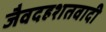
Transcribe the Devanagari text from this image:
जैवदहशतवादी